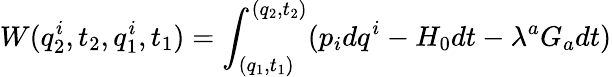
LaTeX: W(q_{2}^{i},t_{2},q_{1}^{i},t_{1})=\int_{(q_{1},t_{1})}^{(q_{2},t_{2})}(p_{i}dq^{i}-H_{0}dt-\lambda^{a}G_{a}dt)